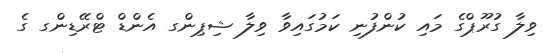
ވިލާ ގުރޫޕްގެ މައި ކުންފުނި ކަމުގައިވާ ވިލާ ޝިޕިންގ އެންޑް ޓްރޭޑިންގ ގެ